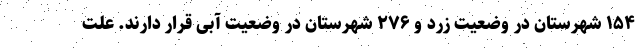
۱۵۴ شهرستان در وضعیت زرد و ۲۷۶ شهرستان در وضعیت آبی قرار دارند. علت